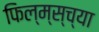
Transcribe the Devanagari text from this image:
फिल्म्स्‌च्या